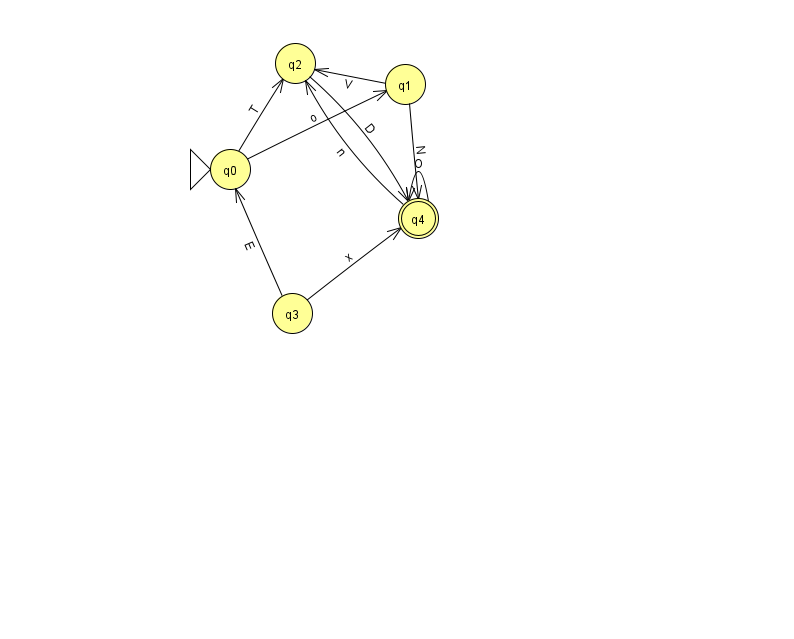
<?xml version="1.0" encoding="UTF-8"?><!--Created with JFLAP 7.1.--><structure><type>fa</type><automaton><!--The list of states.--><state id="0" name="q0"><x>230.0</x><y>156.0</y><initial/></state><state id="1" name="q1"><x>405.0</x><y>71.0</y></state><state id="2" name="q2"><x>295.0</x><y>50.0</y></state><state id="3" name="q3"><x>292.0</x><y>300.0</y></state><state id="4" name="q4"><x>418.0</x><y>205.0</y><final/></state><!--The list of transitions.--><transition><from>1</from><to>4</to><read>N</read></transition><transition><from>2</from><to>4</to><read>D</read></transition><transition><from>1</from><to>2</to><read>V</read></transition><transition><from>0</from><to>1</to><read>o</read></transition><transition><from>3</from><to>0</to><read>E</read></transition><transition><from>0</from><to>2</to><read>T</read></transition><transition><from>4</from><to>2</to><read>n</read></transition><transition><from>3</from><to>4</to><read>x</read></transition><transition><from>4</from><to>4</to><read>O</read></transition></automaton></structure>